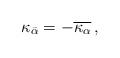
LaTeX: \begin{align*}\kappa_{\bar\alpha}= -\overline{\kappa_{\alpha}}\,, \end{align*}